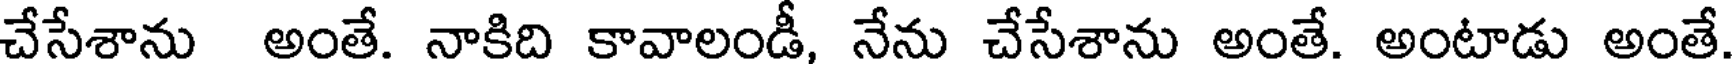
చేసేశాను అంతే. నాకిది కావాలండీ, నేను చేసేశాను అంతే. అంటాడు అంతే